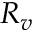
R _ { v }